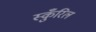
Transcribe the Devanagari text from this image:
स्कुँरिल